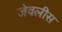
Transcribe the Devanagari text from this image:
जेवलीस